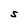
Character: S